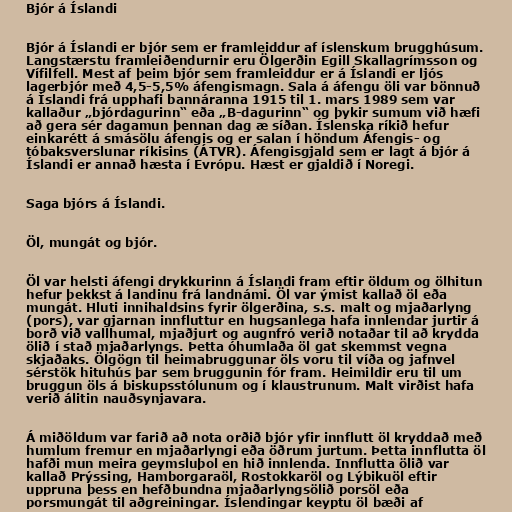
Bjór á Íslandi

Bjór á Íslandi er bjór sem er framleiddur af íslenskum brugghúsum.
Langstærstu framleiðendurnir eru Ölgerðin Egill Skallagrímsson og
Vífilfell. Mest af þeim bjór sem framleiddur er á Íslandi er ljós
lagerbjór með 4,5-5,5% áfengismagn. Sala á áfengu öli var bönnuð
á Íslandi frá upphafi bannáranna 1915 til 1. mars 1989 sem var
kallaður „bjórdagurinn“ eða „B-dagurinn“ og þykir sumum við hæfi
að gera sér dagamun þennan dag æ síðan. Íslenska ríkið hefur
einkarétt á smásölu áfengis og er salan í höndum Áfengis- og
tóbaksverslunar ríkisins (ÁTVR). Áfengisgjald sem er lagt á bjór á
Íslandi er annað hæsta í Evrópu. Hæst er gjaldið í Noregi.

Saga bjórs á Íslandi.

Öl, mungát og bjór.

Öl var helsti áfengi drykkurinn á Íslandi fram eftir öldum og ölhitun
hefur þekkst á landinu frá landnámi. Öl var ýmist kallað öl eða
mungát. Hluti innihaldsins fyrir ölgerðina, s.s. malt og mjaðarlyng
(pors), var gjarnan innfluttur en hugsanlega hafa innlendar jurtir á
borð við vallhumal, mjaðjurt og augnfró verið notaðar til að krydda
ölið í stað mjaðarlyngs. Þetta óhumlaða öl gat skemmst vegna
skjaðaks. Ölgögn til heimabruggunar öls voru til víða og jafnvel
sérstök hituhús þar sem bruggunin fór fram. Heimildir eru til um
bruggun öls á biskupsstólunum og í klaustrunum. Malt virðist hafa
verið álitin nauðsynjavara.

Á miðöldum var farið að nota orðið bjór yfir innflutt öl kryddað með
humlum fremur en mjaðarlyngi eða öðrum jurtum. Þetta innflutta öl
hafði mun meira geymsluþol en hið innlenda. Innflutta ölið var
kallað Prýssing, Hamborgaraöl, Rostokkaröl og Lýbikuöl eftir
uppruna þess en hefðbundna mjaðarlyngsölið porsöl eða
porsmungát til aðgreiningar. Íslendingar keyptu öl bæði af